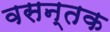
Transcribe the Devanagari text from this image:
वसन्तक